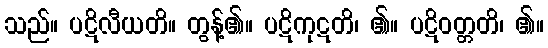
သည်။ ပဋိလီယတိ။ တွန့်၏။ ပဋိကုဋတိ၊ ၏။ ပဋိဝတ္တတိ၊ ၏။